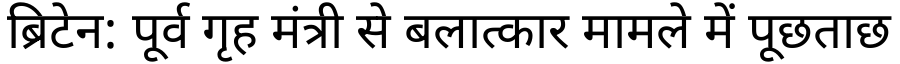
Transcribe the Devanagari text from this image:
ब्रिटेन: पूर्व गृह मंत्री से बलात्कार मामले में पूछताछ